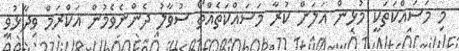
މި މަސައްކަތަކީ މުޅިން އަލަށް ކުރާ މަސައްކަތެއްތޯ ސުވާލު ދެންނެވެމުން އަކްރަމް ވިދާޅުވީ